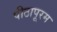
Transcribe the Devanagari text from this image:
पीठापूरम